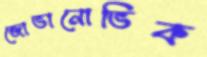
জোভানোভিক